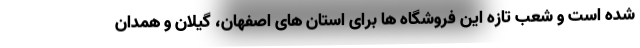
شده است و شعب تازه این فروشگاه ها برای استان های اصفهان، گیلان و همدان